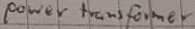
Text: power transformer